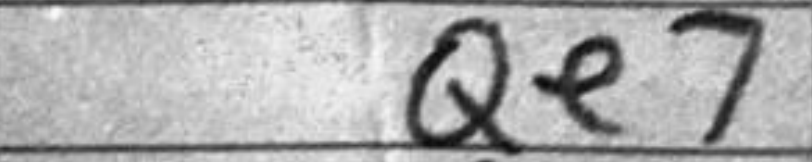
Transcription: Qe7